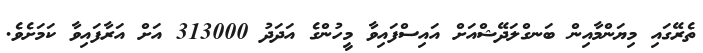
ތެރޭގައި މިޔަންމާއިން ބަނގްލަދޭޝްއަށް އައިސްފައިވާ މީހުންގެ އަދަދު 313000 އަށް އަރާފައިވާ ކަމަށެވެ.